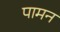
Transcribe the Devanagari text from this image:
पामन